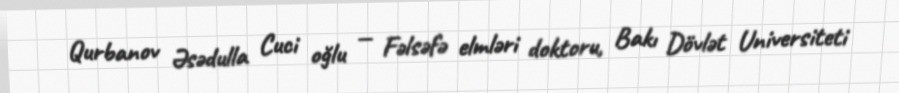
Qurbanov Əsədulla Cuci oğlu — Fəlsəfə elmləri doktoru, Bakı Dövlət Universiteti